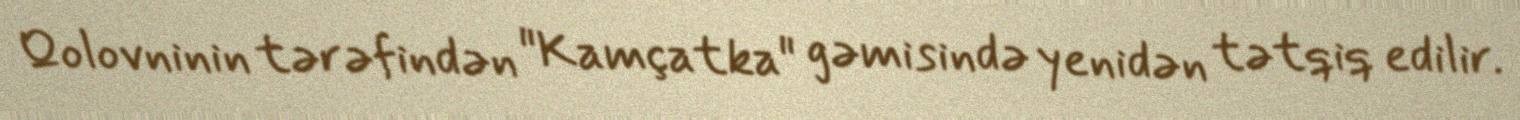
Qolovninin tərəfindən "Kamçatka" gəmisində yenidən tətqiq edilir.